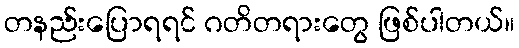
တနည်းပြောရရင် ဂတိတရားတွေ ဖြစ်ပါတယ်။